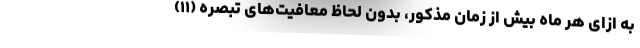
به ازای هر ماه بیش از زمان مذکور، بدون لحاظ معافیت‌های تبصره (۱۱)